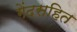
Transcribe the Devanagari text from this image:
गेंदसहित